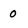
Character: 0